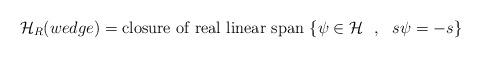
LaTeX: \begin{align*}{\cal H}_R(wedge)= \mbox{closure~of~real~linear~span}~\{\psi\in{\cal H}~~,~~ s\psi = -s \}\end{align*}